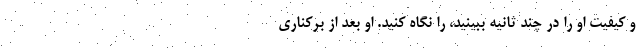
و کیفیت او را در چند ثانیه ببینید، را نگاه کنید. او بعد از برکناری